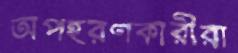
অপহরণকারীরা